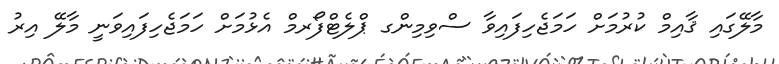
މާލޭގައި ޤާއިމް ކުރުމަށް ހަމަޖެހިފައިވާ ސްވިމިންގ ޕްލެޓްފޯރމް އެޅުމަށް ހަމަޖެހިފައިވަނީ މާލޭ އިރު